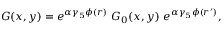
{ \cal G } ( x , y ) = e ^ { \alpha \gamma _ { 5 } \phi ( r ) } \ { \cal G } _ { 0 } ( x , y ) \ e ^ { \alpha \gamma _ { 5 } \phi ( r ^ { \prime } ) } ,